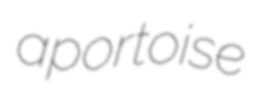
aportoise